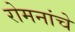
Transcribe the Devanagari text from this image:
रोमनांचे